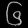
Digit: ၆